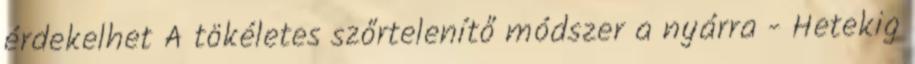
érdekelhet A tökéletes szőrtelenítő módszer a nyárra - Hetekig